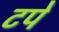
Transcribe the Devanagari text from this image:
टपे